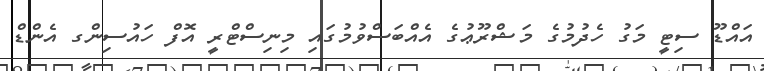
އައްޑޫ ސިޓީ މަގު ހެދުމުގެ މަޝްރޫޢުގެ އެއްބަސްވުމުގައި މިނިސްޓްރީ އޮފް ހައުސިންގ އެންޑް